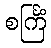
စင်္ကြံ